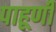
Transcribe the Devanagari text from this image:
पाहूणी